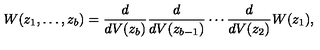
W ( z _ { 1 } , \ldots , z _ { b } ) = \frac { d } { d V ( z _ { b } ) } \frac { d } { d V ( z _ { b - 1 } ) } \cdots \frac { d } { d V ( z _ { 2 } ) } W ( z _ { 1 } ) ,